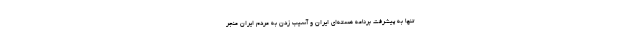
تنها به پیشرفت برنامه هسته‌ای ایران و آسیب زدن به مردم ایران منجر